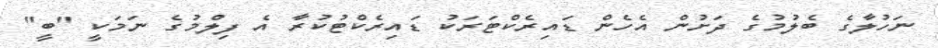
ނަހުލާގެ ބެލުމުގެ ދަށުން އެހެން ޑައިރެކްޓަރަކު ޑައިރެކްޓުކުރާ އެ ފިލްމުގެ ނަމަކީ "ބީ"